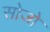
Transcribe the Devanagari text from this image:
सोजो